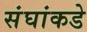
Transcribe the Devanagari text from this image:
संघांकडे